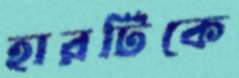
হারটিকে